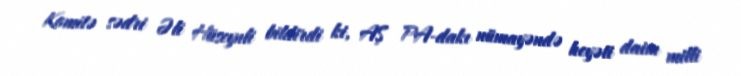
Komitə sədri Əli Hüseynli bildirdi ki, AŞ PA-dakı nümayəndə heyəti daim milli